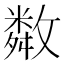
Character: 𢿻